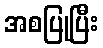
အစပြုပြီး